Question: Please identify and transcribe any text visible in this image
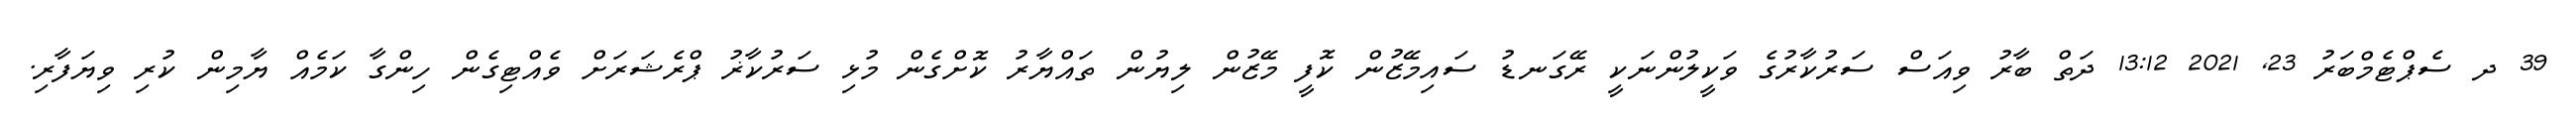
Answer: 39 ދ ސެޕްޓެމްބަރު 23, 2021 13:12 ދަތް ބާރު ވިއަސް ސަރުކާރުގެ ވަކީލުންނަކީ ރޭގަނޑު ސައިމޭޒުން ކޮފީ މޭޒުން ލިޔުން ތައްޔާރު ކޮށްގެން މުޅި ސަރުކާޜު ޕްރެޝަރަށް ވެއްޓިގެން ހިންގާ ކަމެއް ޔާމިން ކުރި ވިޔަފާރި.